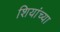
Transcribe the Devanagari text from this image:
शियांच्या